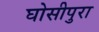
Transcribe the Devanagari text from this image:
घोसीपुरा